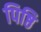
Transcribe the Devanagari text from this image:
पिष्ठि